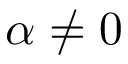
\alpha \neq 0